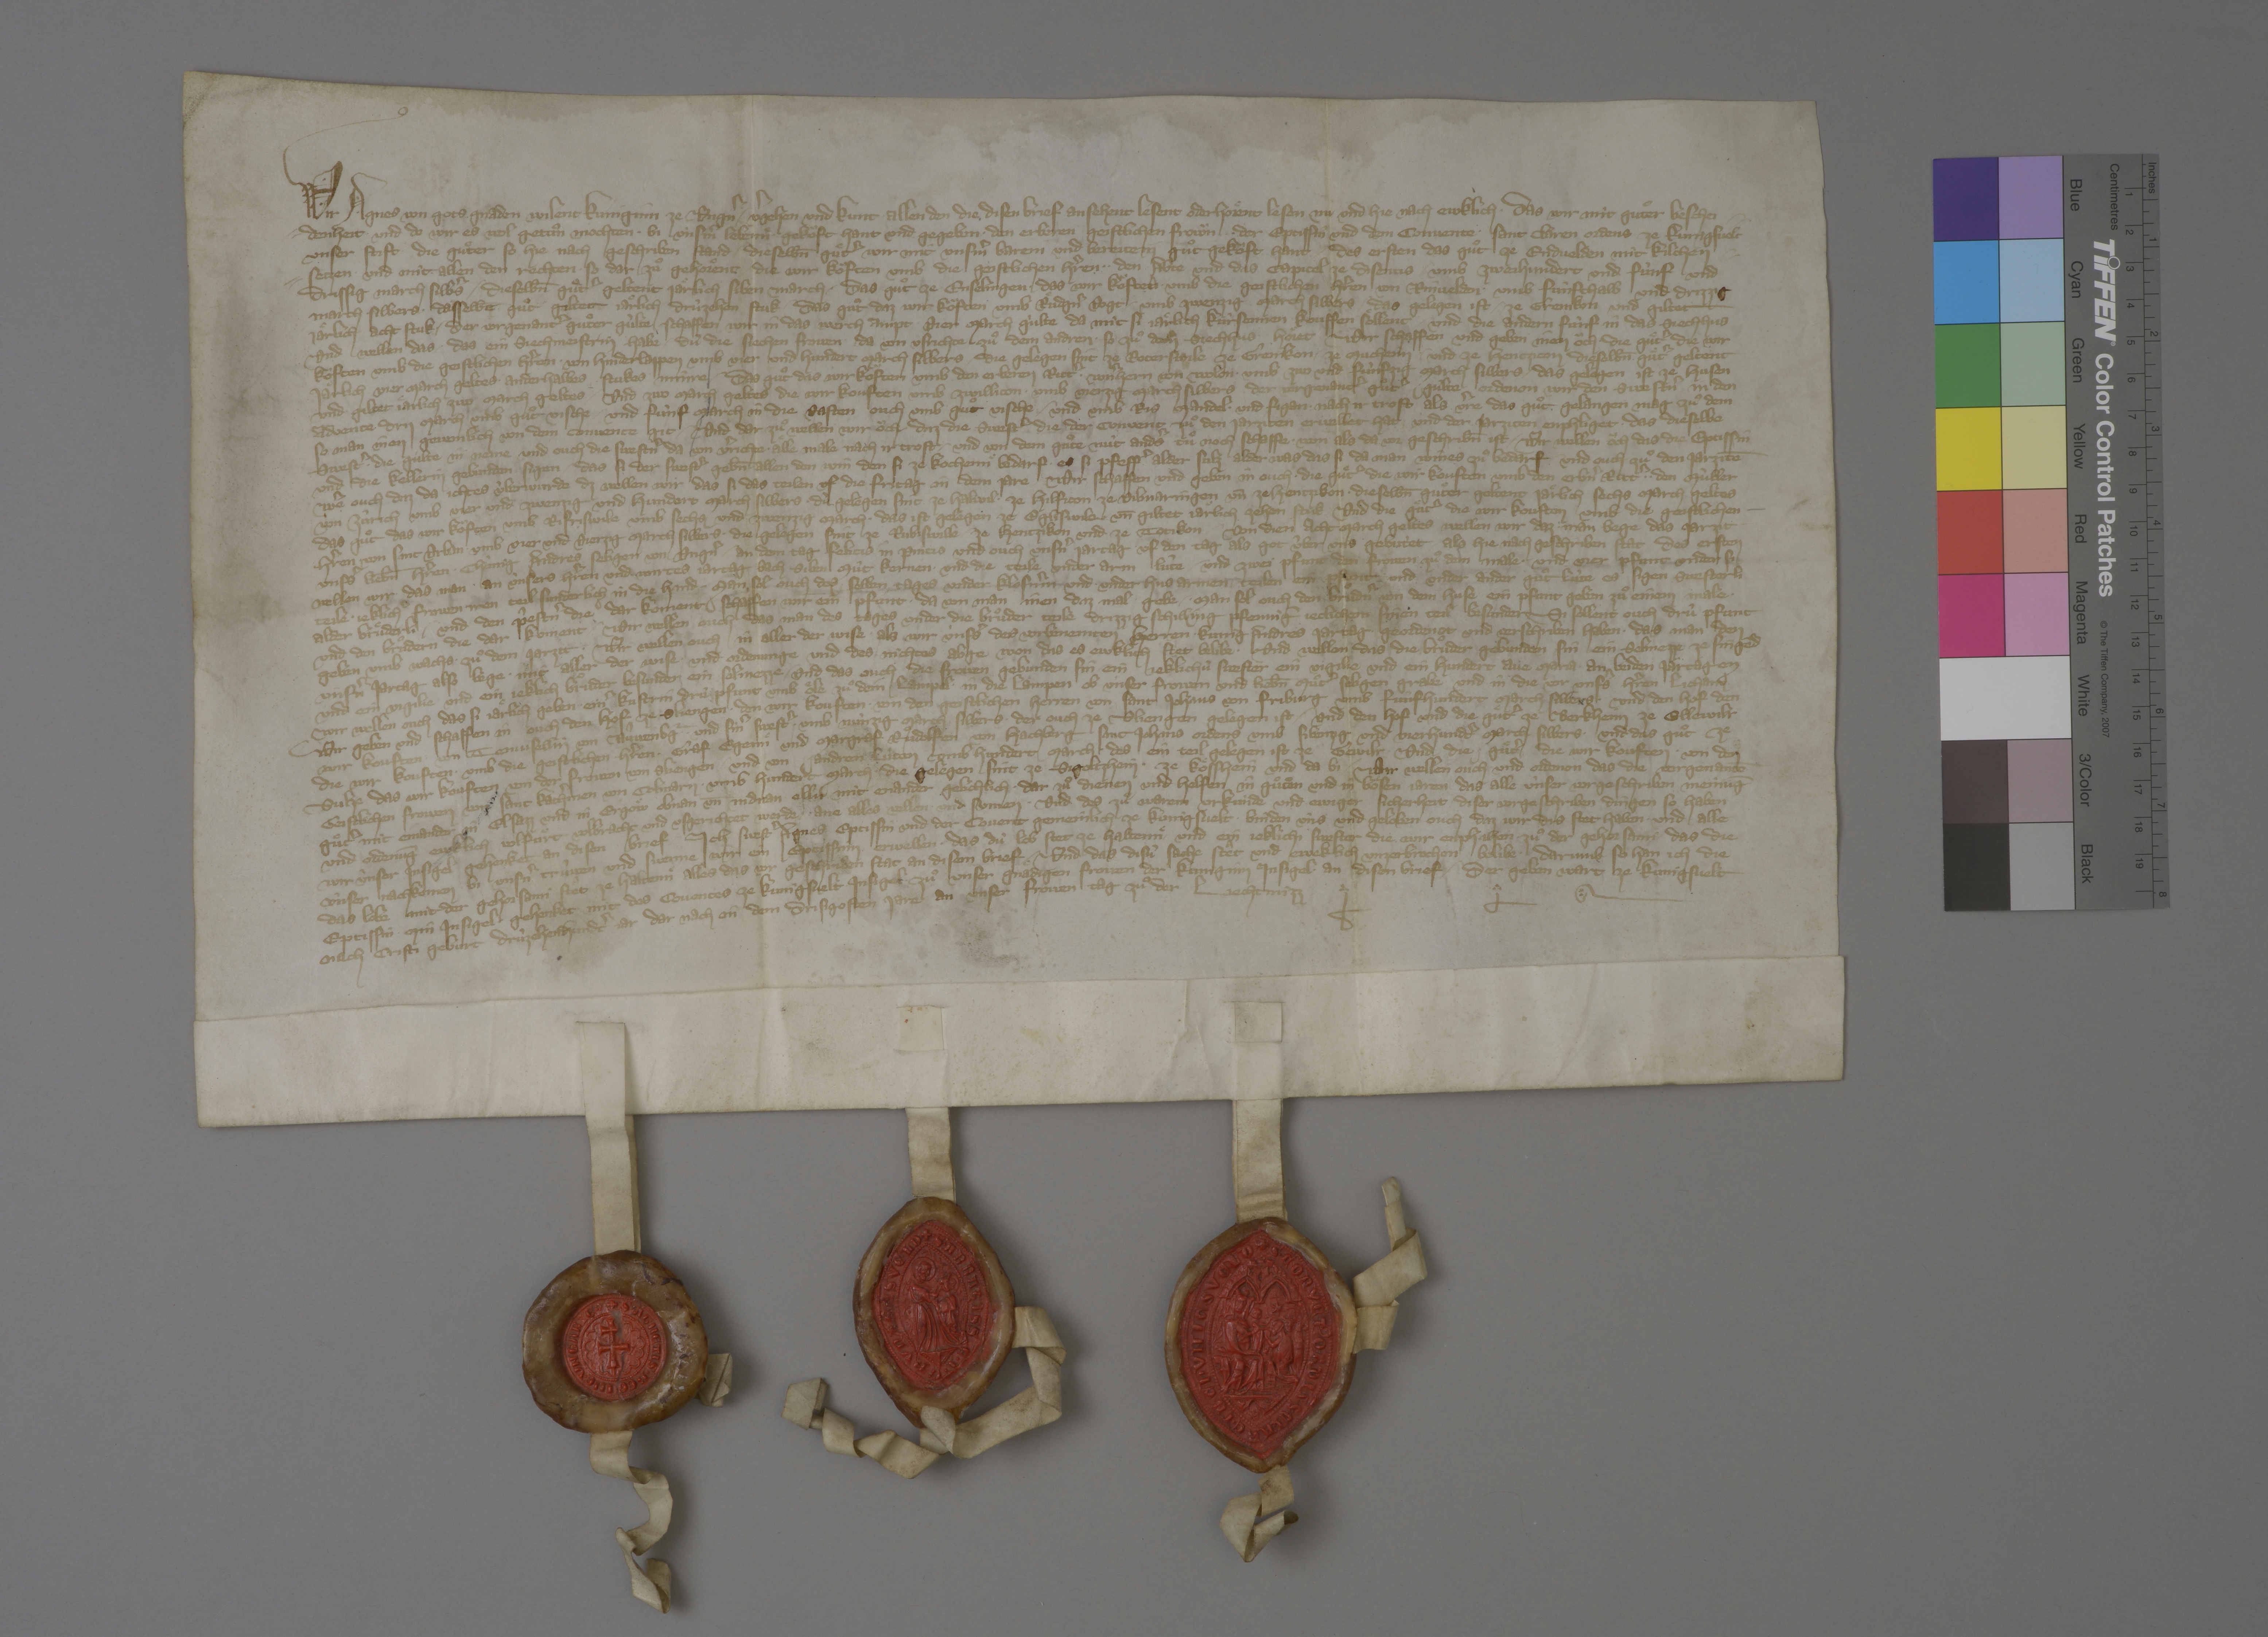
Wir, Agnes, von gots gnaden wilent kuniginn ze Ungˀn, ✳ vˀgehen und tuͦn kunt allen den, die disen brief ansehent, lesent oder hoͤrent lesen, nu und hie nach ewklich, ✳ das wir mit guͦter beschei¬
denheit und do wir es wol getuͦn mochten ✳ bi unsˀm lebennͤ ✳ gekoͤft hant und gegeben ✳ den erberen, geistlichen frowͤn, ✳ ✳ der eptissin und dem convente ✳ Sant Claren ordens ze Kungsvelt,
unser stift, die guͤter, so hie nach geschriben stand, ✳ dieselbn̄ guͤtˀ wir mit unsmˀ barem und bereitem guͦt gekoͧft hant. ✳ des ersten das guͦt ze Endvelden mit kilchen¬
setzen ✳ und mit allen den rechten, ✳ so dar zuͦ gehoͤrten, die wir koͧften umb die geistlichen hˀren, ✳ ✳ den abte und das capitel ze Disentis, ✳ umb zweihundert und fùnf und
drissig march silbˀs, ✳ dieselbn̄ guͦtˀ geltent jaͤrlich siben march. ✳ das guͦt ze Enselingen, ✳ das wir koͧften ✳ umb die geistlichen hˀren von Rinvelden ✳ umb fùnfthalb und drizzig
march silbers, ✳ dasselbe guͦt giltet jaͤrlich drùzehen stuk. ✳ das guͦt, daz wir koͧften umb Ruͤdgˀn Vogt ✳ umb zwenzig march silbers, das gelegen ist ✳ ze Grenikon und giltet
jaͤrlich acht stuk. ✳ der vorgenantˀ guͦter gùlte schaffen wir in das werch ampt vier march gùlte, da mit si jaͤrlich kùrsennen kouffen soͤllent, ✳ und die andern fùnf in das siechhus
und wellen, das ✳ das ein siechmeistrin habe, ✳ dù die siechen frowen da von usrichte, zuͦ dem andren, ✳ so zuͦ dem siechhus hoͤret. wir schaffen und geben inen oͧch die guͤtˀ, die wir
koͧften umb die geistlichen hˀren ✳ von Hinderlappen umb vier und hundert march silbers, ✳ die gelegen sind ze Roterswile, ze Grenikon, ✳ ze Mucheim und ze Hentzicon, dieselbn̄ guͤtˀ geltent
jaͤrlich vier march geltes, ✳ anderhalbes stukes minre. ✳ das guͦt, das wir koͧften umb den erberen rittˀ ✳ Wˀnhern von Wolon ✳ umb zwo und fùnfzig march silbers, ✳ das gelegen ist ze Husen
und giltet jaͤrlich zwo march geltes. ✳ und zwo march geltes, die wir kouften umb Zwillicon ✳ umb vierzig march silbers. der vorgenantˀ guͦtˀ gùlte ordenon wir den swestˀn in den
advente dru march umb guͦt vische ✳ und fùnf march in die vasten, ouch umb guͦt vische ✳ und umb ris, mandel ✳ und figan ✳ nach ir trost, als vˀre das guͦt gelangen mag, zuͦ dem,
so man inen gewonlich von dem convente git. ✳ und dar zuͦ wellen wir oͧch, daz die swestˀ, die der convent zuͦ den jarziten erwellet hat und der jarziten enphliget, ✳ das dieselbe
swestˀ ✳ die gùlte in neme und ouch die swestˀn da von vˀrichte ✳ alle male nach ir trost ✳ und von dem guͦte nùt andˀs tuͦ noch schaffe, ✳ won als da vor geschribn̄ ist. ✳ wir wellen oͧch, das die eptissin
und die kellerin gebunden sigen, ✳ das si der swestˀ gebn̄ allen den win, den si ze kochennͤ bedarf, ✳ es si pfeffˀ alder salz alder was das si, da man wines zuͦ bedarf, und ouch zuͦ den jarzitē.
weˀ ouch, daz da ichtes ùber wurde, dz wellen wir, das si das teilen uf die fritag in dem jare. wir schaffen und geben in ouch ✳ die guͤtˀ, die wir kouften umb den erbˀn rittˀ, ✳ ✳ den Mùller
von Zùrich, umb vier und zwenzig und hundert march silbers, ✳ dù gelegen sint ze Halwil, ✳ ze Hilficon, ze Vilmaringen un̄ ze Hentzikon, ✳ dieselbn̄ guͤter geltent jaͤrlich sechs march geltes.
das guͦt, das wir koͧften umb Rifriswile umb sechs und zwentzig march, ✳ das ist gelegen ze Egliswile un̄ giltet jaͤrlich zehen stuk. und die guͤtˀ, die wir kouften umb die geistlichen
hˀren von Sant Urban umb vier und vierzig march silbers, ✳ die gelegen sint ze Rubiswile, ✳ ze Hentzikon und ze Totikon. von dien acht march geltes wellen wir, daz man bege das jarzit
unsˀs lieb̄n hˀren, chùnig Andres, seligen, von Ungˀn, ✳ an dem tag Felicis in Pincis und ouch unsˀn jartag uf den tag, als got ùber uns gebùtet, ✳ als hie nach geschriben stat: des ersten
wellen wir, das man ✳ an unsers hˀren und wirtes jartag bach siben mût kernen ✳ und die teile under arm lûte ✳ und zwei pfund den frowen zuͦ dem male ✳ und vier pfunt under si
teile, ✳ jeklich frowen iren teil sunderlich in die hand. ✳ man sol ouch des selben tages under klosnˀin und ✳ under husarmen teilen ein phunt und under ander guͦt lùte, es sigen swesterli
alder bruͤderli, ✳ und den pͥestnˀ, die dar koment, schaffen wir ein pfunt, ✳ da von man inen diz mal gebe. ✳ man sol ouch den bruͦdˀn von dem huse ein pfunt geben zuͦ einem male ✳
und den bruͦdern, die dar koment. ✳ wir wellen ouch, das man des tages under die bruͦder teile drizzig schilling pfenniḡ, jeclichen sinen teil besunders. sie sollent ouh drû pfunt
geben umb wachs ✳ zuͦ dem jarzit. ✳ wir wellen ouch in aller der wise, als wir ùnsˀs des vorbenemten herren, kunig Andres, jartag geordenot und verschriben haben, ✳ das man den
unsˀn jartag also bege ✳ mit aller der wise und ordenunge, und des nichtes abge, won das es eweklich stet belibe. ✳ und wellen, das die bruͦder gebunden sin, ein selmezze ze singēd
und ein vigile, und ein jeklich bruͦder besunder ein selmezze, ✳ und das ouch die frowen gebunden sin, ein jeklichù swester ein vigile und ein hundert ave Maria an beiden jartagen.
wir wellen ouch, das sie jaͤrlich geben einˀ kustrin drû pfunt umb oͤle zuͦ dem lampel ✳ in die lampen ob unser frowen und liebn̄ muͦtˀ, seligen, grabe und in die vor unsˀs hˀren licham.
wir geben und schaffen in ouch den hof ze Sliengen, ✳ den wir kouften ✳ von den geistlichen herren von Sant Johans von Friburg umb fùnfhundert march silbers. ✳ und den hof, den
wir kouften ✳ von Tenvisellin von Nûwenbˀg ✳ ✳ und sinˀ swestˀ ✳ umd nûnzig march silbers, ✳ der ouch ze Sliengen gelegen ist. ✳ und den hof und die guͤtˀ ze Berkhaim ze Ellewilr,
die wir kouften ✳ umb die geistlichen hˀren, ✳ graf Egennͤ und margraf Ruͦdolfen von Hachberg, Sant Johans ordens, umb sibenzig und vierhundtˀ march silbers. ✳ und das guͦt ze
Sulze, das wir kouften von der frowen von Sliengen und von andren lùten umb hundert march, des ein teil gelegen ist ze Gewilr. ✳ und die guͤtˀ, die wir kouften ✳ von den
geistlichen frowen von Sant Kathˀinen von Colmarn ✳ umb hundert march, ✳ die gelegen sint ze Sigoltzhein, ✳ ze Koͤsshein und da bi. ✳ wir wellen ouch und ordenen, das die vorgenantē
guͦtˀ mit einander in Elsazz und in Ergoͤw, obnan un̄ nidnan, ellu mit enander gelichlich ✳ dar zuͦ dienen und helfen in guͦten und in boͤsen jaren, das alle ùnser vorgeschriben meinūg
und ordenūg ewklich volfuͤrt, volbracht und usgerichtet werde ✳ ane alles vallen und sumen. ✳ und des zuͦ warem urkùnde und ewiger sicherheit dieser vorgeschriben dingen, so haben
wir ùnser insigel gehenket an disen brief. ich, swestˀ Agnes, eptissin, und der covent gemeinlich ze Kunigsvelt ✳ binden ùns und geloben ouch, daz wir dis stet haben ✳ und alle
ùnser nachkomen bi unsˀn trùwen, und swenne wir ein eptissinn erwellen, ✳ das dù lob, stet ze haltennͤ, und ein jeklichi swester, die wir emphahen zuͦ der gehorsami, das die
das lobe mit der gehorsami, stêt ze haltenn alles, das vor geschriben stat an disem brief. ✳ und das disù sache stêt und eweklich unzerbrochen belibe, ✳ darumb so han ich, die
eptissin, min insigel gehenket mit des conventes ze Kùngsvelt insigel zuͦ unser gnaͤdigen frowen, der kuniginn, insigel an disen brief, ✳ der geben wart ze Kunigsvelt,
nach Cristi geburt drùzehenhundtˀ jar, dar nach an dem drisigosten jare, an unser frowen tag zuͦ der liechtmizz. ✳